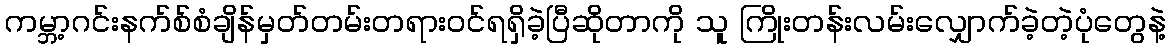
ကမ္ဘာ့ဂင်းနက်စ်စံချိန်မှတ်တမ်းတရားဝင်ရရှိခဲ့ပြီဆိုတာကို သူ ကြိုးတန်းလမ်းလျှောက်ခဲ့တဲ့ပုံတွေနဲ့